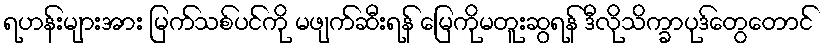
ရဟန်းများအား မြက်သစ်ပင်ကို မဖျက်ဆီးရန် မြေကိုမတူးဆွရန် ဒီလိုသိက္ခာပုဒ်တွေတောင်